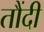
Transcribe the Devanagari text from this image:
तौंदी